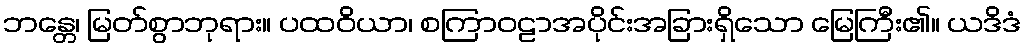
ဘန္တေ၊ မြတ်စွာဘုရား။ ပထဝိယာ၊ စကြာဝဠာအပိုင်းအခြားရှိသော မြေကြီး၏။ ယဒိဒံ